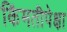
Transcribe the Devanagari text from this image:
किंमतीपेक्षा